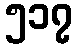
၅၁၇